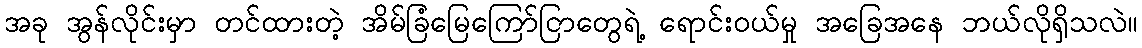
အခု အွန်လိုင်းမှာ တင်ထားတဲ့ အိမ်ခြံမြေကြော်ငြာတွေရဲ့ ရောင်းဝယ်မှု အခြေအနေ ဘယ်လိုရှိသလဲ။